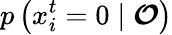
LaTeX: p\left(x_{i}^{t}=0\mid\boldsymbol{\mathcal{O}}\right)